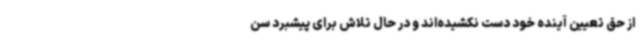
از حق تعیین آینده خود دست نکشیده‌اند و در حال تلاش برای پیشبرد سن